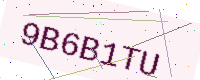
Text: 9B6B1TU